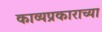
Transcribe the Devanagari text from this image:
काव्यप्रकाराच्या